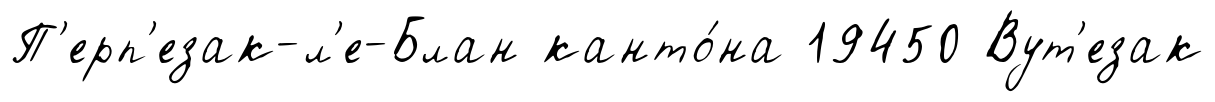
П'ерп'езак-л'е-Блан канто́на 19450 Вут'езак